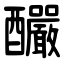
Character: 釅